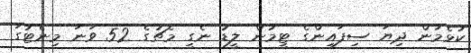
ކުޅެމުން ދިޔަ ސިފައިންގެ ޓީމުން ލީޑު ނެގީ މެޗުގެ 52 ވަނަ މިނެޓުގަ